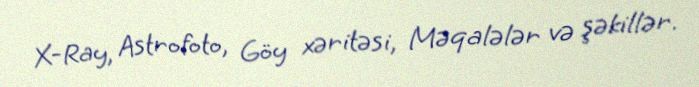
X-Ray, Astrofoto, Göy xəritəsi, Məqalələr və şəkillər.